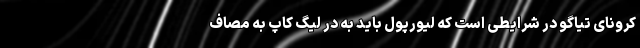
کرونای تیاگو در شرایطی است که لیورپول باید به در لیگ کاپ به مصاف